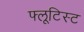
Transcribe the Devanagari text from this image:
फ्लूटिस्ट